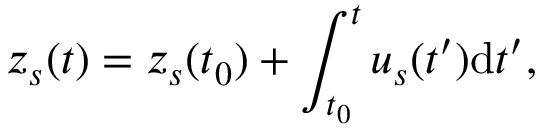
z _ { s } ( t ) = z _ { s } ( t _ { 0 } ) + \int _ { t _ { 0 } } ^ { t } u _ { s } ( t ^ { \prime } ) \mathrm { d } t ^ { \prime } ,